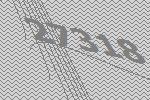
27318